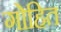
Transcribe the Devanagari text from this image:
गोहित